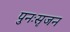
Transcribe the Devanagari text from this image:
पुनःसृजन